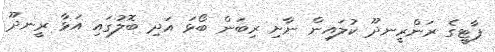
ޕާޓީގެ ރަންރީނދޫ ކުލައިން ނާށި ރިބަން ބޯޅަ އަދި ބޮލުގައި އަޅާ ރީނދޫ